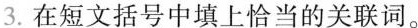
3.在短文括号中填上恰当的关联词。